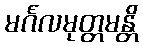
မင်္ဂလမုတ္တမန္တိ